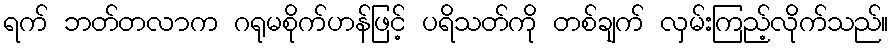
ရက် ဘတ်တလာက ဂရုမစိုက်ဟန်ဖြင့် ပရိသတ်ကို တစ်ချက် လှမ်းကြည့်လိုက်သည်။